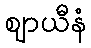
ဈာယီနံ